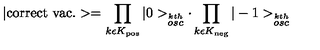
| \mathrm { c o r r e c t \ v a c . } > = \prod _ { k \epsilon K _ { \mathrm { p o s } } } | 0 > _ { \stackrel { k t h } { o s c } } \cdot \prod _ { k \epsilon K _ { \mathrm { n e g } } } | - 1 > _ { \stackrel { k t h } { o s c } }